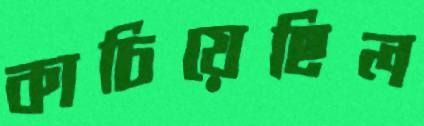
কাচিয়েছিল